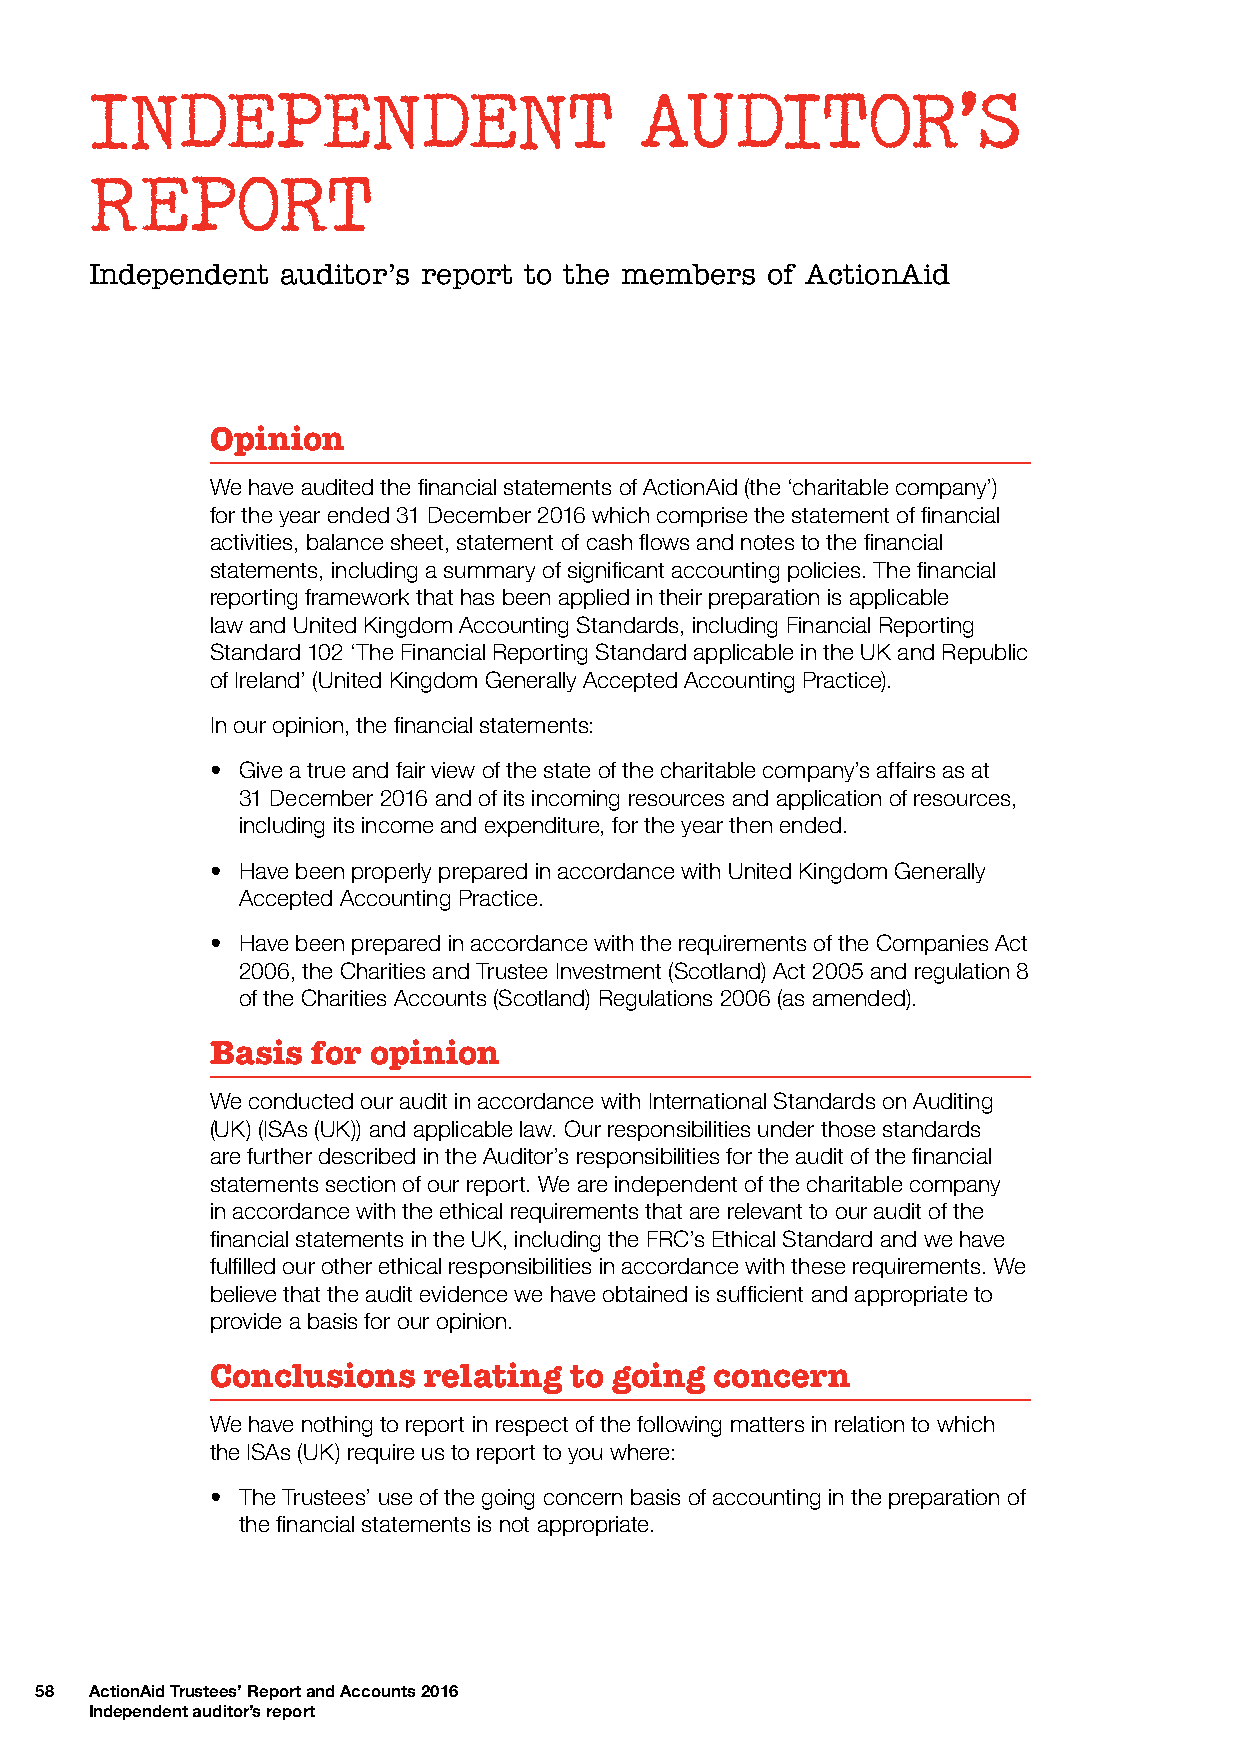
INDEPENDENT                         AUDITOR’S
 REPORT
 Independent  auditor’s report to the members of ActionAid
 Opinion
 We have audited the financial statements of ActionAid (the ‘charitable company’)
 for the year ended 31 December 2016 which comprise the statement of financial
 activities, balance sheet, statement of cash flows and notes to the financial
 statements, including a summary of significant accounting policies. The financial
 reporting framework that has been applied in their preparation is applicable
 law and United Kingdom Accounting Standards, including Financial Reporting
 Standard 102 ‘The Financial Reporting Standard applicable in the UK and Republic
 of Ireland’ (United Kingdom Generally Accepted Accounting Practice).
 In our opinion, the financial statements:
 • Give a true and fair view of the state of the charitable company’s affairs as at
 31 December 2016 and of its incoming resources and application of resources,
 including its income and expenditure, for the year then ended.
 • Have been properly prepared in accordance with United Kingdom Generally
 Accepted Accounting Practice.
 • Have been prepared in accordance with the requirements of the Companies Act
 2006, the Charities and Trustee Investment (Scotland) Act 2005 and regulation 8
 of the Charities Accounts (Scotland) Regulations 2006 (as amended).
 Basis  for opinion
 We conducted our audit in accordance with International Standards on Auditing
 (UK) (ISAs (UK)) and applicable law. Our responsibilities under those standards
 are further described in the Auditor’s responsibilities for the audit of the financial
 statements section of our report. We are independent of the charitable company
 in accordance with the ethical requirements that are relevant to our audit of the
 financial statements in the UK, including the FRC’s Ethical Standard and we have
 fulfilled our other ethical responsibilities in accordance with these requirements. We
 believe that the audit evidence we have obtained is sufficient and appropriate to
 provide a basis for our opinion.
 Conclusions   relating  to going concern
 We have nothing to report in respect of the following matters in relation to which
 the ISAs (UK) require us to report to you where:
 • The Trustees’ use of the going concern basis of accounting in the preparation of
 the financial statements is not appropriate.
 58  ActionAid Trustees’ Report and Accounts 2016
 Independent auditor’s report